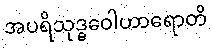
အပရိသုဒ္ဓဝေါဟာရောတိ